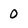
Character: 0